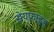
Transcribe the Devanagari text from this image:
सेयफ्राइड